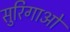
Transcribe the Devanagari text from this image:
सुरिगाओ